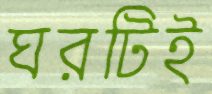
ঘরটিই